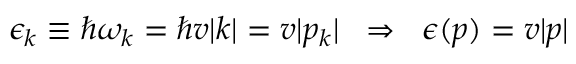
\epsilon _ { k } \equiv \hbar \omega _ { k } = \hbar v | k | = v | p _ { k } | \; \; \Rightarrow \; \; \epsilon ( p ) = v | p |